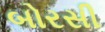
બોરસી